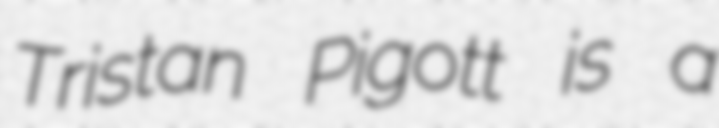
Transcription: Tristan Pigott is a